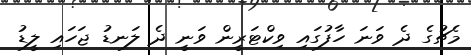
މެޗުގެ ދެ ވަނަ ހާފުގައި ވިކްޓަރީން ވަނީ ދެ ލަނޑު ޖަހައި ލީޑު